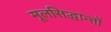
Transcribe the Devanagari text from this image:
मूलसिद्धान्‍तों